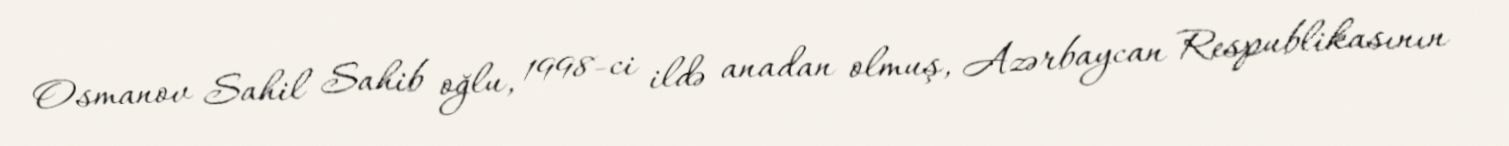
Osmanov Sahil Sahib oğlu, 1998-ci ildə anadan olmuş, Azərbaycan Respublikasının